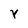
Character: Y